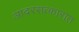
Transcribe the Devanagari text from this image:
आदरसत्कारात